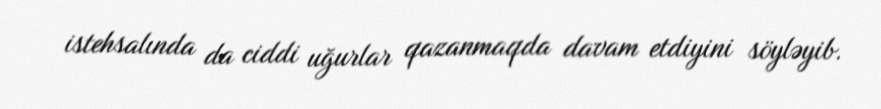
istehsalında da ciddi uğurlar qazanmaqda davam etdiyini söyləyib.